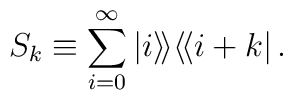
S_k\equiv \sum_{i=0}^{\infty} |i\rangle\!\rangle \langle\!\langle i+k |\,.